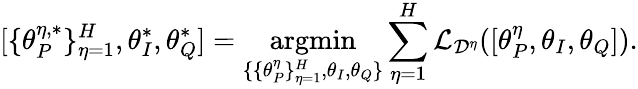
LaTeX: [\{ \theta_{P}^{\eta,*}\} _{\eta=1}^{H},\theta_{I}^{*},\theta_{Q}^{*}]=\underset{\{ \{ \theta_{P}^{\eta}\} _{\eta=1}^{H},\theta_{I},\theta_{Q}\} }{\mathrm{argmin}}\sum_{\eta=1}^{H}\mathcal{L}_{\mathcal{D}^{\eta}}([\theta_{P}^{\eta},\theta_{I},\theta_{Q}]).